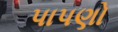
પાપણો